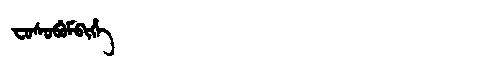
Manchu: ᠸᠣᠰᠣᠪᡠᠮᠪᡳᡥᡝ
Romanization: FOSOBUMBIHE